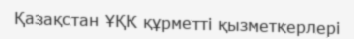
Қазақстан ҰҚК құрметті қызметкерлері